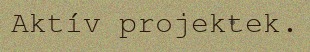
Aktív projektek.